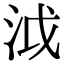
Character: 泧